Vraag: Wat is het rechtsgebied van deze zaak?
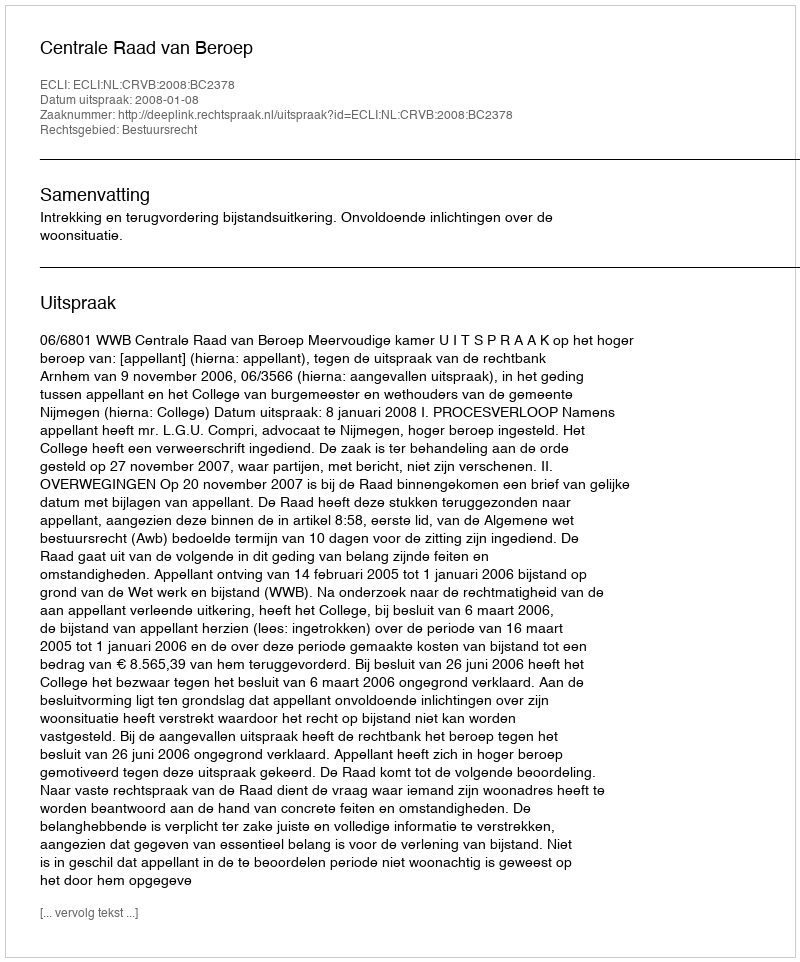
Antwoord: Bestuursrecht